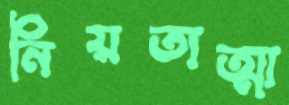
নিয়তাত্মা